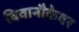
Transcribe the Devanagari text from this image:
विवानौकेवर